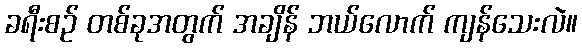
ခရီးစဉ် တစ်ခုအတွက် အချိန် ဘယ်လောက် ကျန်သေးလဲ။